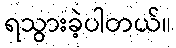
ရသွားခဲ့ပါတယ်။